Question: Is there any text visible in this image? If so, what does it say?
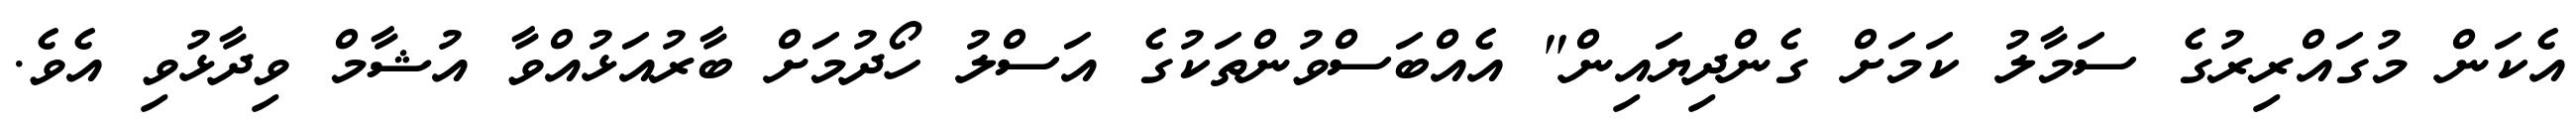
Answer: އެކަން މުގައްރިރުގެ ސަމާލު ކަމަށް ގެންދިޔައިން" އެއްބަސްވުންތަކުގެ އަސްލު ހޯދުމަށް ބާރުއަޅުއްވާ އުޝާމް ވިދާޅުވި އެވެ.